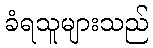
ခံရသူများသည်